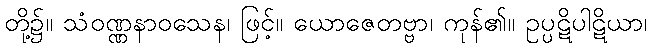
တို့၌။ သံဝဏ္ဏနာဝသေန၊ ဖြင့်။ ယောဇေတဗ္ဗာ၊ ကုန်၏။ ဥပ္ပဋိပါဋိယာ၊